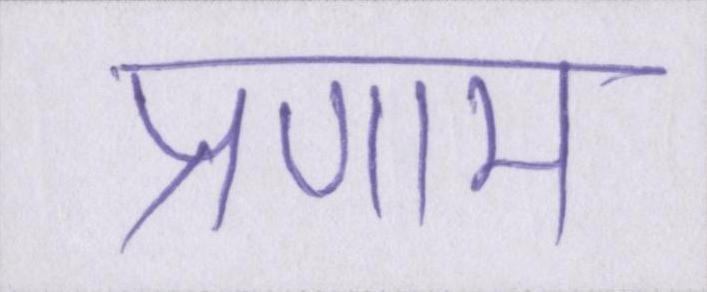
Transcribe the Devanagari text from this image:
प्रणाम